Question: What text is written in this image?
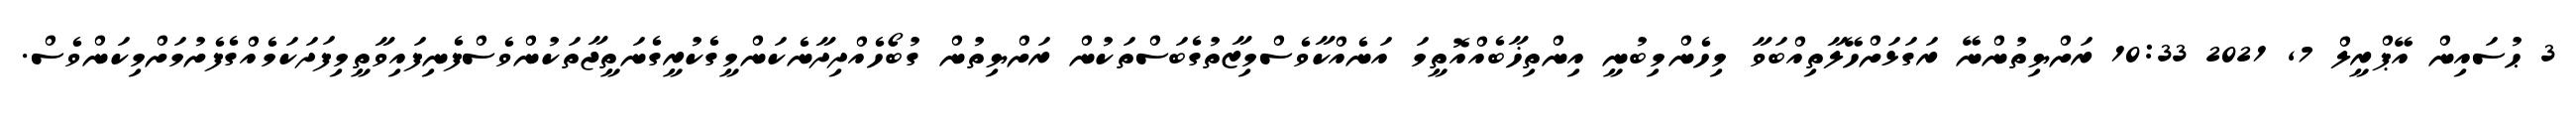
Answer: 3 ޙުސައިން އޭޕްރީލް 7, 2021 10:33 ރަށްޔިތުންނޭ ރަގަޅަށްހޭލާތިއްބަވާ މިހެންމިބުނީ އިންތިޚާބެއްއޮތީމަ އަނެއްކާވެސްމިޒާތުގެބަސްތަކުން ރަށްޔިތުން ގުބޯހެއްދިދާނެކަންމީގެކުރީގެނަތީޖާތަކުންވެސްފެނިފައިވާތީމިފަދަކަމެއްގެފެށުމަށްމިކަންވެސް.